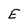
Character: E